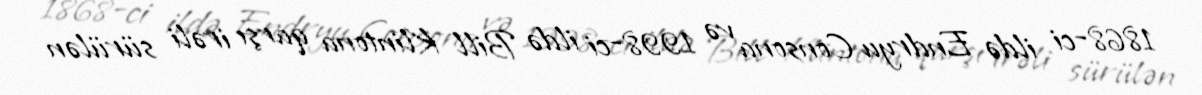
1868-ci ildə Endryu Consona və 1998-ci ildə Bill Klintona qarşı irəli sürülən